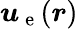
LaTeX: \boldsymbol{u}_{\mathrm{~e~}}(\boldsymbol{r})